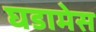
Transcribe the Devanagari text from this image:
घडामेस